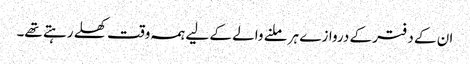
ان کے دفتر کے دروازے ہر ملنے والے کے لیے ہمہ وقت کھلے رہتے تھے۔